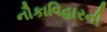
નૌકાવિહારની